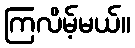
ကြလိမ့်မယ်။